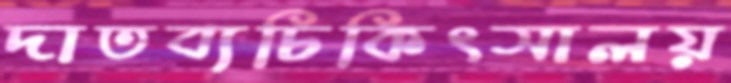
দাতব্যচিকিৎসালয়